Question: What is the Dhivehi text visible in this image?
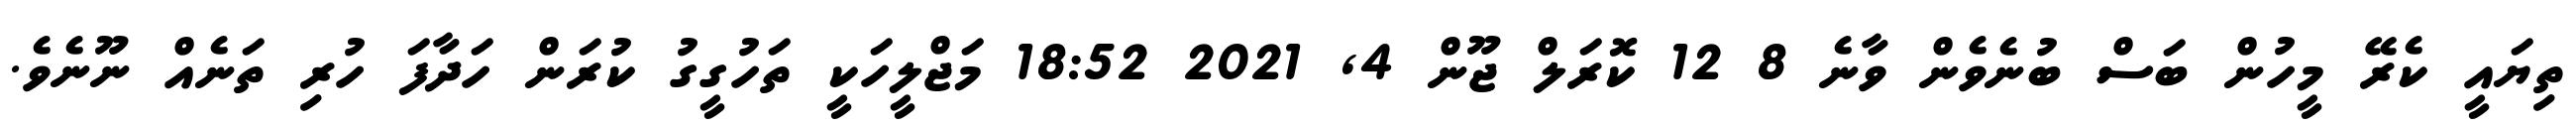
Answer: ތިޔައީ ކެރޭ މީހުން ބަސް ބުނެވެން ވާނެ 8 12 ކޮރަލް ޖޫން 4, 2021 18:52 މަޖްލީހަކީ ތަހުގީގު ކުރަން ހަދާފަ ހުރި ތަނެއް ނޫނެވެ.